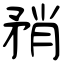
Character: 矟